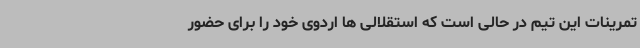
تمرینات این تیم در حالی است که استقلالی ها اردوی خود را برای حضور